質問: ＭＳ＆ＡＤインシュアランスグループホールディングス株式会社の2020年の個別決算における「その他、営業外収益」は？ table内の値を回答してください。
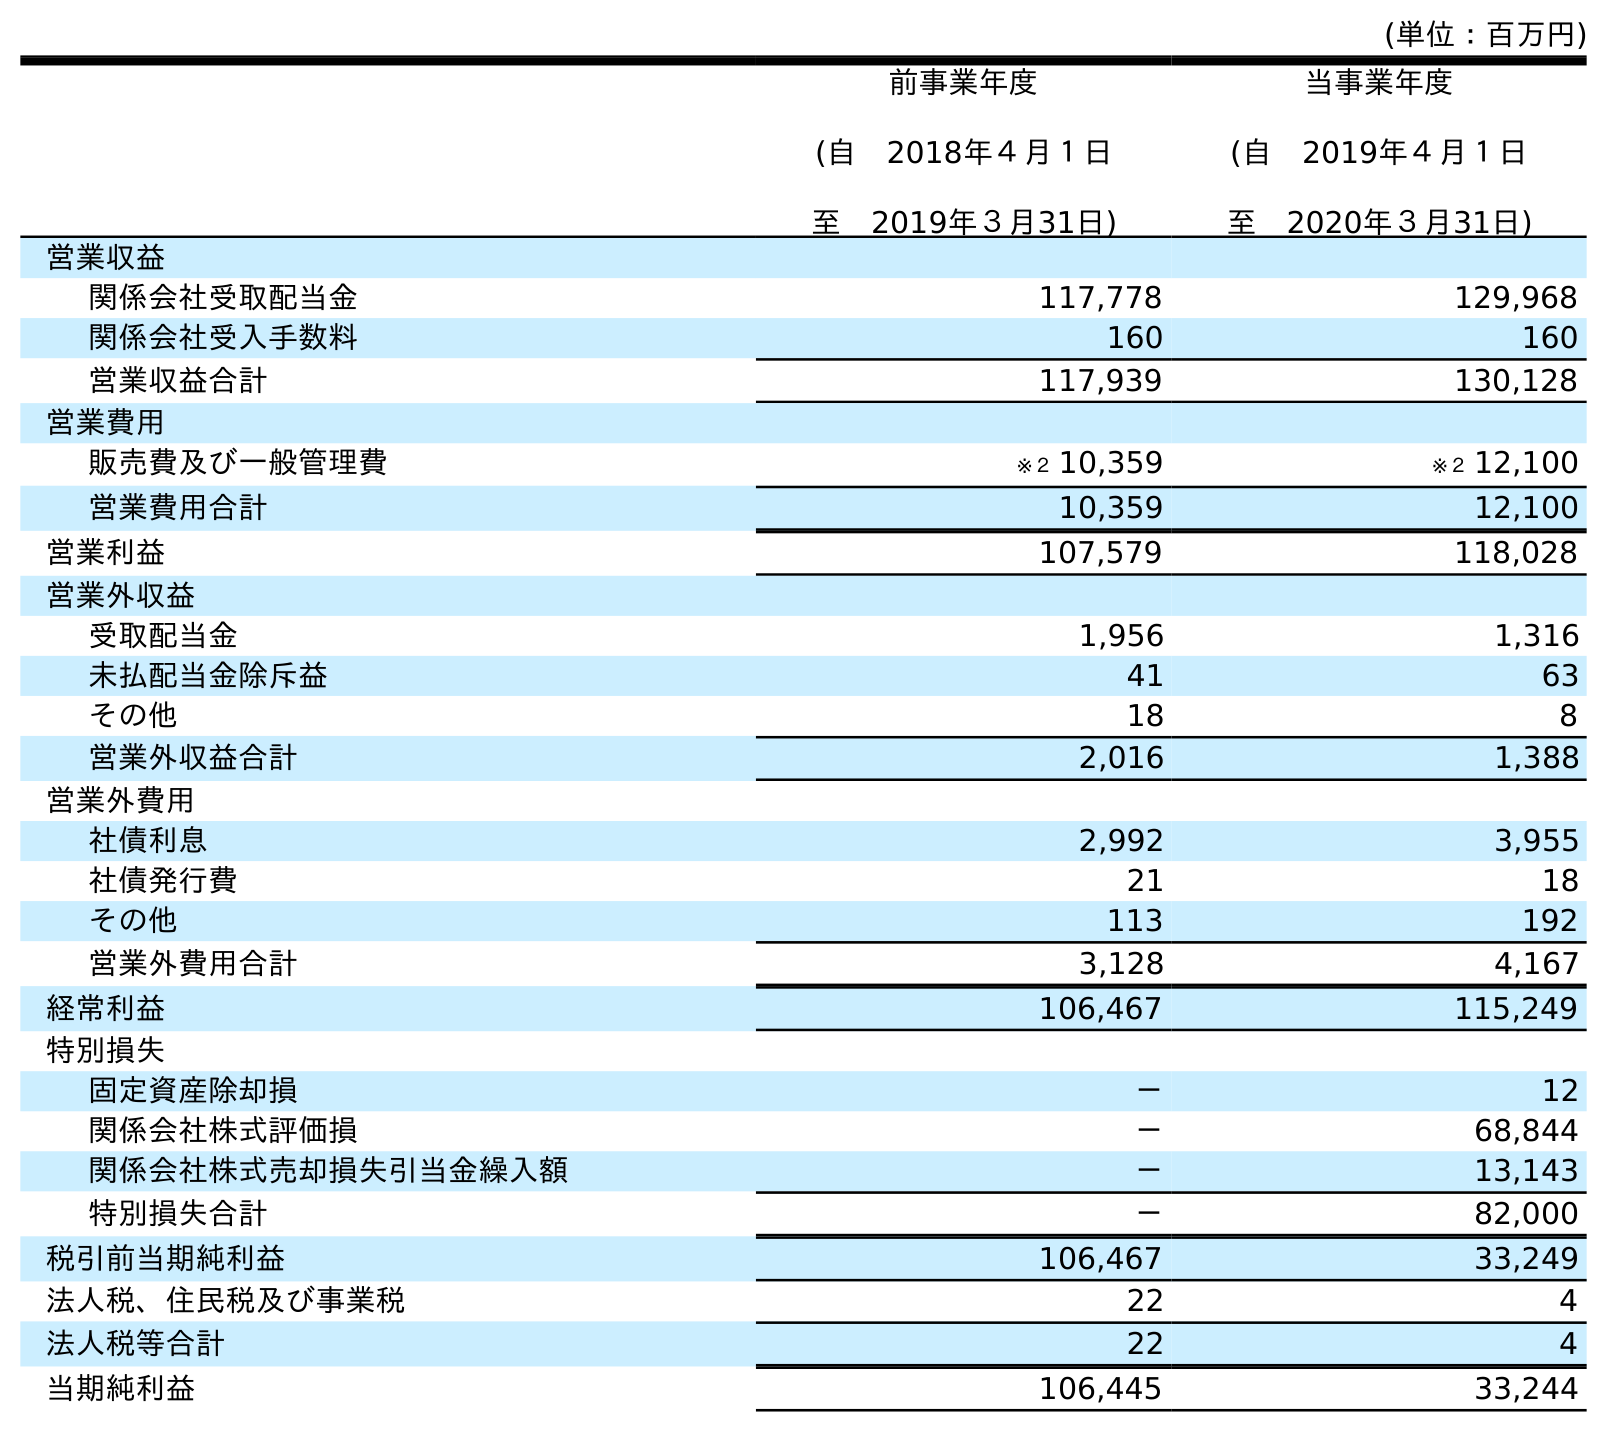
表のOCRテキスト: (単位：百万円) 前事業年度 (自 2018年４月１日 至 2019年３月31日) 当事業年度 (自 2019年４月１日 至 2020年３月31日) 営業収益 関係会社受取配当金 117,778 129,968 関係会社受入手数料 160 160 営業収益合計 117,939 130,128 営業費用 販売費及び一般管理費 ※２ 10,359 ※２ 12,100 営業費用合計 10,359 12,100 営業利益 107,579 118,028 営業外収益 受取配当金 1,956 1,316 未払配当金除斥益 41 63 その他 18 8 営業外収益合計 2,016 1,388 営業外費用 社債利息 2,992 3,955 社債発行費 21 18 その他 113 192 営業外費用合計 3,128 4,167 経常利益 106,467 115,249 特別損失 固定資産除却損 － 12 関係会社株式評価損 － 68,844 関係会社株式売却損失引当金繰入額 － 13,143 特別損失合計 － 82,000 税引前当期純利益 106,467 33,249 法人税、住民税及び事業税 22 4 法人税等合計 22 4 当期純利益 106,445 33,244
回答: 8